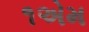
૧એમ